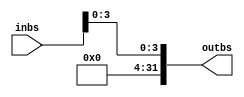
module addZero5to32(inbs, outbs);
	input [4:0] inbs;
	output reg[31:0] outbs;
	
	always @(inbs)
	begin
		outbs = 0;
		outbs[3:0] = inbs;
	end
endmodule